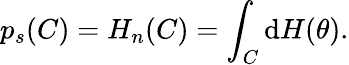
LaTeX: p_{s}(C)=H_{n}(C)=\int_{C}\mathrm{d}H(\theta).